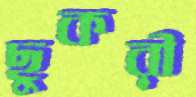
ছুকরী